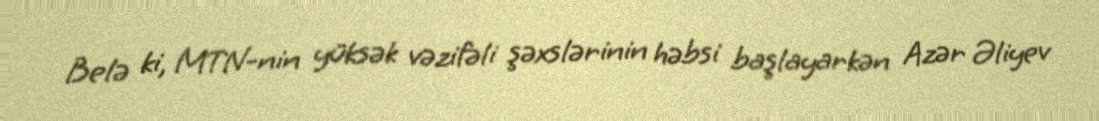
Belə ki, MTN-nin yüksək vəzifəli şəxslərinin həbsi başlayarkən Azər Əliyev